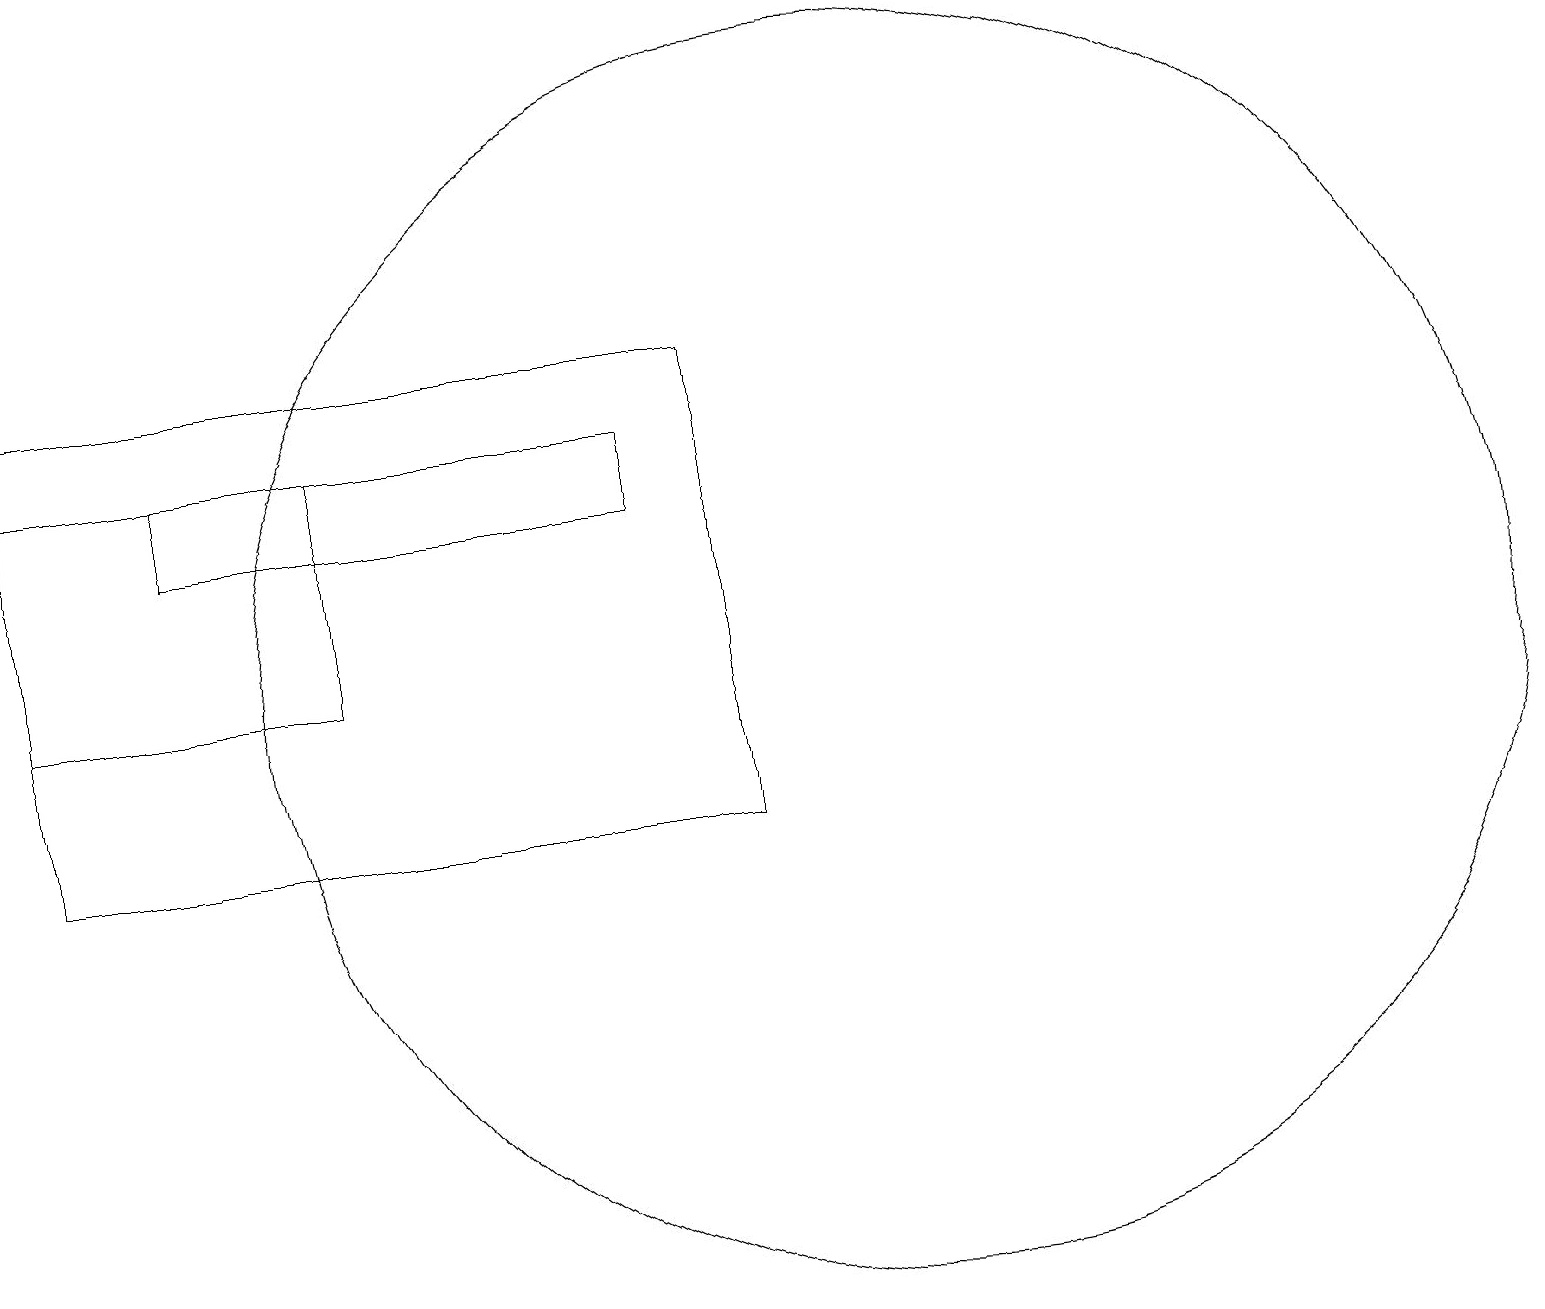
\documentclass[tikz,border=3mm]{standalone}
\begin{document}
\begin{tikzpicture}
\draw (11,12) circle (8);
\draw (0,16) rectangle (9,10);
\draw (8,15) rectangle (2,14);
\draw (0,12) rectangle (4,15);
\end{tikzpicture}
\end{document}